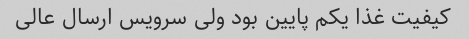
کیفیت غذا یکم پایین بود ولی سرویس ارسال عالی